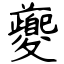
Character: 夔